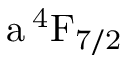
\mathrm { a \, ^ { 4 } F _ { 7 / 2 } }